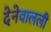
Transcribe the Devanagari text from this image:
देनेवालली